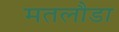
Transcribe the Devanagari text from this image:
मतलौडा